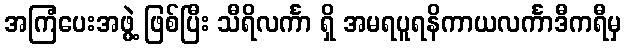
အကြံပေးအဖွဲ့ ဖြစ်ပြီး သီရိလင်္ကာ ရှိ အမရပူရနိကာယလင်္ကာဒီကရီမှ